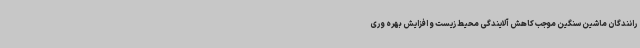
رانندگان ماشین سنگین موجب کاهش آلایندگی محیط زیست و افزایش بهره وری